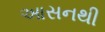
આસનથી